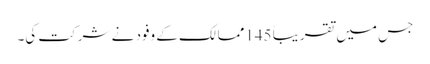
جس میں تقریباً 145ممالک کے وفود نے شرکت کی۔